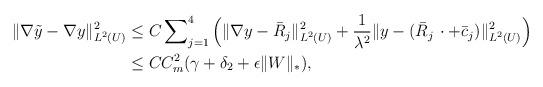
LaTeX: \begin{align*}\Vert\nabla \tilde{y} - \nabla y \Vert^2_{L^2(U)} & \le C\sum\nolimits^4_{j=1} \Big( \Vert \nabla y - \bar{R}_j \Vert^2_{L^2(U)} + \frac{1}{\lambda^2}\Vert y - (\bar{R}_j\,\cdot + \bar{c}_j)\Vert^2_{L^2(U)} \Big) \\& \le C C_m^2 (\gamma + \delta_2 + \epsilon \Vert W \Vert_*) ,\end{align*}